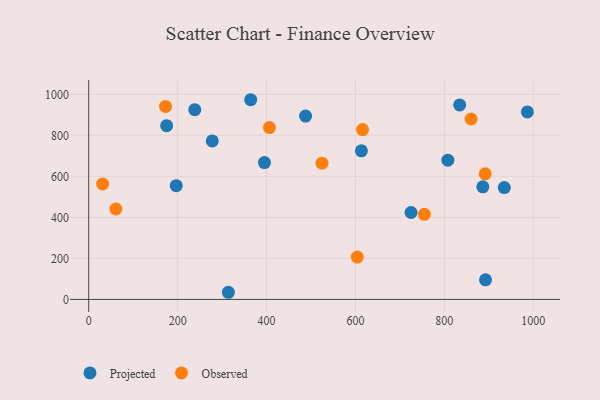
{"axis": {"x": "Experience", "y": "Sales"}, "legend": ["Observed", "Projected"], "data": [{"x": "364.4", "y": 973.6, "type": "Projected"}, {"x": "613.4", "y": 724.3, "type": "Projected"}, {"x": "196.9", "y": 554.6, "type": "Projected"}, {"x": "807.9", "y": 678.7, "type": "Projected"}, {"x": "395.3", "y": 667.4, "type": "Projected"}, {"x": "238.6", "y": 925.3, "type": "Projected"}, {"x": "725.0", "y": 423.7, "type": "Projected"}, {"x": "277.9", "y": 772.7, "type": "Projected"}, {"x": "886.5", "y": 548.8, "type": "Projected"}, {"x": "487.8", "y": 893.9, "type": "Projected"}, {"x": "834.4", "y": 948.2, "type": "Projected"}, {"x": "892.6", "y": 95.4, "type": "Projected"}, {"x": "175.3", "y": 847.3, "type": "Projected"}, {"x": "934.8", "y": 545.4, "type": "Projected"}, {"x": "986.7", "y": 914.3, "type": "Projected"}, {"x": "314.1", "y": 34.8, "type": "Projected"}, {"x": "172.8", "y": 941.0, "type": "Observed"}, {"x": "524.8", "y": 664.2, "type": "Observed"}, {"x": "604.1", "y": 206.4, "type": "Observed"}, {"x": "860.1", "y": 879.6, "type": "Observed"}, {"x": "406.5", "y": 837.9, "type": "Observed"}, {"x": "891.9", "y": 612.4, "type": "Observed"}, {"x": "616.0", "y": 828.1, "type": "Observed"}, {"x": "755.1", "y": 415.0, "type": "Observed"}, {"x": "61.1", "y": 440.8, "type": "Observed"}, {"x": "31.3", "y": 562.7, "type": "Observed"}]}